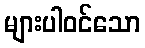
များပါဝင်သော